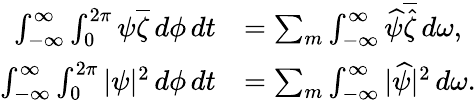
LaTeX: \begin{array}{rl}{\int_{-\infty}^{\infty}\int_{0}^{2\pi}\psi\overline{{\zeta}}\, d\phi\, dt}&{=\sum_{m}\int_{-\infty}^{\infty}\widehat{\psi}\overline{{\widehat{\zeta}}}\, d\omega,}\\ {\int_{-\infty}^{\infty}\int_{0}^{2\pi}|\psi|^{2}\, d\phi\, dt}&{=\sum_{m}\int_{-\infty}^{\infty}|\widehat{\psi}|^{2}\, d\omega.}\end{array}